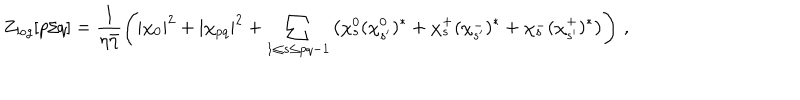
Z _ { { \it l o g } } [ p / q ] = \frac { 1 } { \eta \bar { \eta } } \left( | \chi _ { 0 } | ^ { 2 } + | \chi _ { p q } | ^ { 2 } + \sum _ { 1 \leq s \leq p q - 1 } \left( \chi _ { s } ^ { 0 } ( \chi _ { s ^ { \prime } } ^ { 0 } ) ^ { * } + \chi _ { s } ^ { + } ( \chi _ { s ^ { \prime } } ^ { - } ) ^ { * } + \chi _ { s } ^ { - } ( \chi _ { s ^ { \prime } } ^ { + } ) ^ { * } \right) \right) \, ,